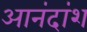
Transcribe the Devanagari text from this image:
आनंदांश